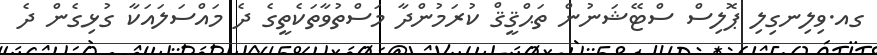
ގއ.ވިލިނގިލި ޕޮލިސް ސްޓޭޝަނުން ތަޙްޤީޤް ކުރަމުންދާ މަސްތުވާތަކެތީގެ ދެ މައްސަލައަކާ ގުޅިގެން ދެ